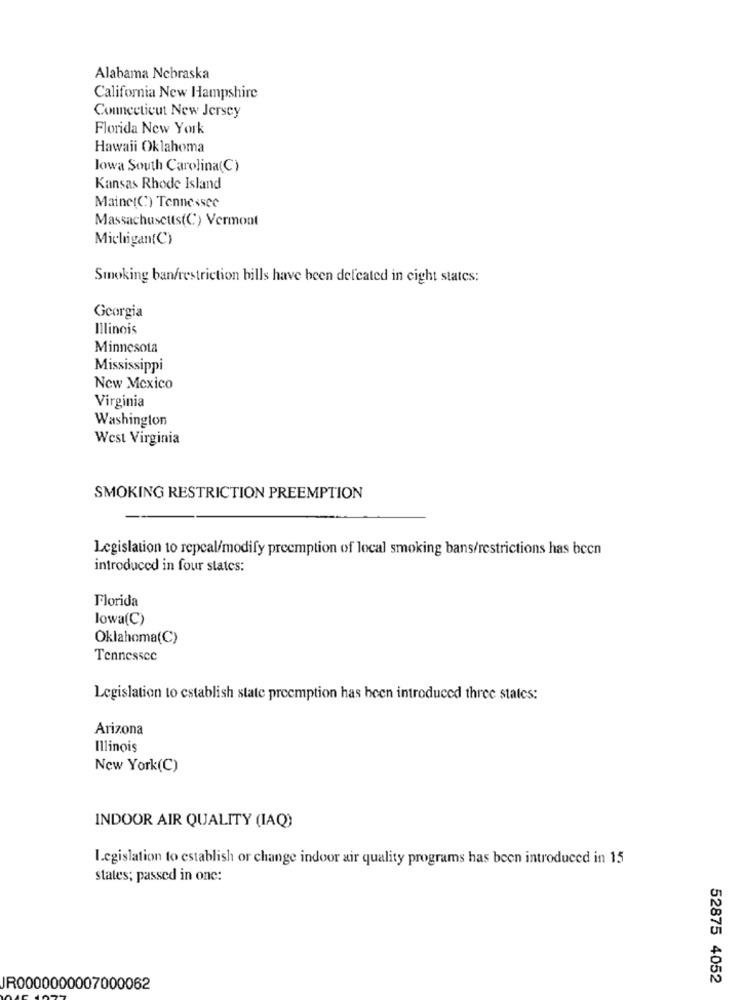
Alabama Nebraska
California New Hampshire
Connecticut New Jersey
Florida New York
Hawaii Oklahoma
lowa South Carolina(C)
Kansas Rhode Island
Maine(C) Tennessee
Massachusetts(C) Vermont
Michigan(C)
Smoking ban/restriction bills have been defeated in eight states;
Georgia
Illinois
Minnesota
Mississippi
New Mexico
Virginia
Washington
West Virginia
SMOKING RESTRICTION PREEMPTION
Legislation 10 repcal/modify preemption of local smoking bans/restrictions has been
introduced in four states:
Florida
lowa(C)
Oklahoma(C)
Tennessee
Legislation to establish state preemption has been introduced three states:
Arizona
Illinois
New York(C)
INDOOR AIR QUALITY (IAQ)
Legislation to establish or change indoor air quality programs has been introduced in 15
states; passed in onc:
52875 4052
JR0000000007000062